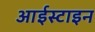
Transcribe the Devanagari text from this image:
आईस्टाइन